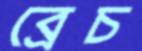
ব্রেচ